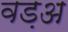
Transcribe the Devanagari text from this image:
वड़अ